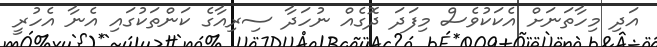
އަދި މިހާތަނަށް އެކަކުވެސް މިފަދަ ދޮގެއް ނުހަދާ ސިރިއާގެ ކަންތަކުގައި އެނާ އެހުރީ